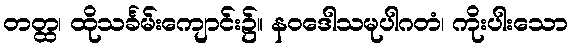
တတ္ထ၊ ထိုသင်္ခမ်းကျောင်း၌။ နဝဒေါသမုပါဂတံ၊ ကိုးပါးသော